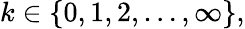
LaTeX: k\in\{ 0,1,2,\ldots,\infty\} ,